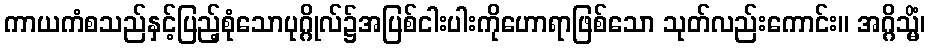
ကာယကံစသည်နှင့်ပြည့်စုံသောပုဂ္ဂိုလ်၌အပြစ်ငါးပါးကိုဟောရာဖြစ်သော သုတ်လည်းကောင်း။ အဂ္ဂိသ္မိံ၊